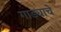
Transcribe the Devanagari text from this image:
गाड्याचे